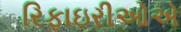
રિફાઇરીઓએ